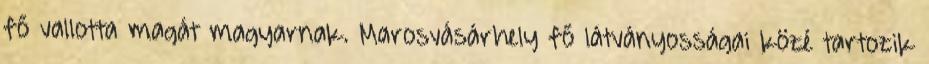
fő vallotta magát magyarnak. Marosvásárhely fő látványosságai közé tartozik